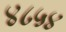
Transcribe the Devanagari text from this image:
४८५४